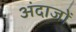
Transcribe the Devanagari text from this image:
अंदाजों